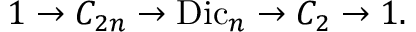
1 \to C _ { 2 n } \to { \mathrm { D i c } } _ { n } \to C _ { 2 } \to 1 .